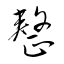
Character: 整